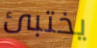
يختبئ